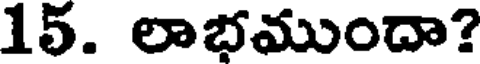
15. లాభముందా?